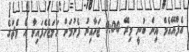
އެފްއޭއެމް އިން ބުނީ މިރޭ 9:00 ޖަހާއިރު ފެށުމަށް ހަމަޖެހެފައިވާ އެ މެޗުގެ